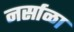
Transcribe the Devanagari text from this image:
नर्साळा